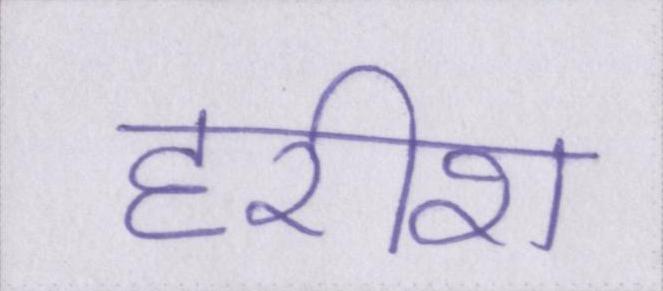
हरीश